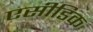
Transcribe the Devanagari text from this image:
एसीडिक